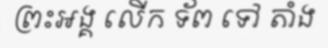
ព្រះអង្គ លើក ទ័ព ទៅ តាំង